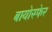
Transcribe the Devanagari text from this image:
बायोस्फेर